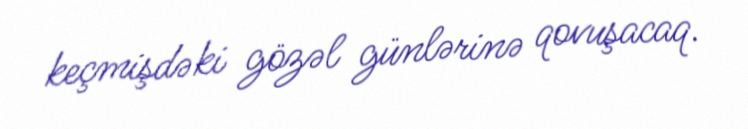
keçmişdəki gözəl günlərinə qovuşacaq.